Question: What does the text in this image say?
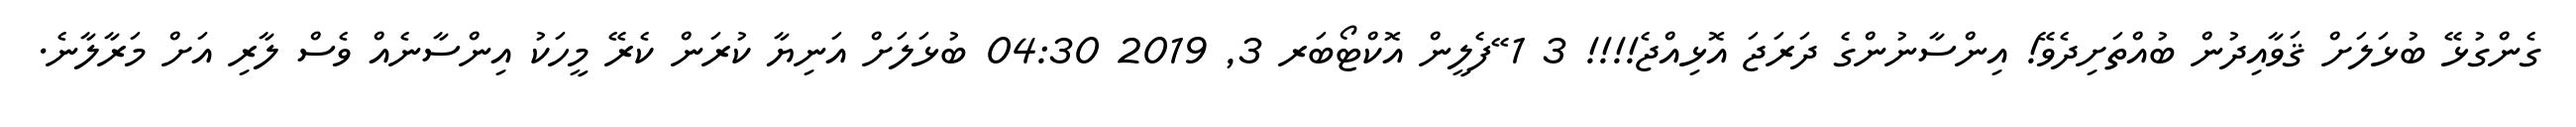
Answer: ގެންގުޅޭ ބުޅަލަށް ޤަވާއިދުން ބުއްތަށިދެވޭ! އިންސާނުންގެ ދަރަޖަ އޮޅިއްޖެ!!!! 3 1 ޭފެލީން އޮކްޓޯބަރ 3, 2019 04:30 ބުޅަލަށް އަނިޔާ ކުރަން ކެރޭ މީހަކު އިންސާނެއް ވެސް ލާރި އަށް މަރާލާނެ.